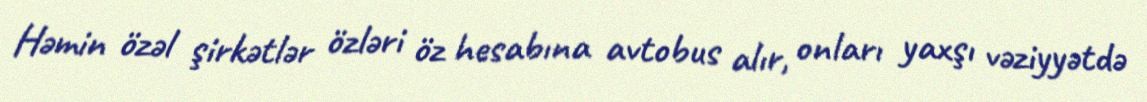
Həmin özəl şirkətlər özləri öz hesabına avtobus alır, onları yaxşı vəziyyətdə